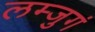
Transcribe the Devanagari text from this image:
लम्जुगं